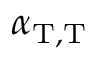
\alpha _ { \mathrm { T } , \mathrm { T } }